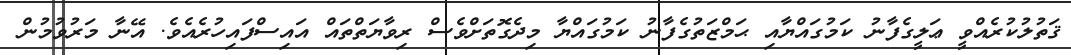
ޤަތުލުކުރެއްވީ ޢަލީގެފާނު ކަމުގައްޔާއި ޙަމްޒަތުގެފާނު ކަމުގައްޔާ މިދެގޮތަށްވެސް ރިވާޔަތްތައް އައިސްފައިހުރެއެވެ. އޭނާ މަރުވުމުން